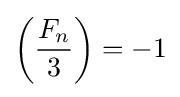
\left({\frac {F_{n}}{3}}\right)=-1